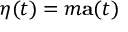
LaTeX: { \boldsymbol { \eta } } ( t ) = m \mathbf { a } ( t )